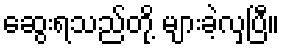
ဆွေးရသည်တို့ များခဲ့လှပြီ။